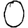
Digit: 0